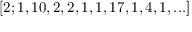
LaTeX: [ 2 ; 1 , 1 0 , 2 , 2 , 1 , 1 , 1 7 , 1 , 4 , 1 , . . . ]